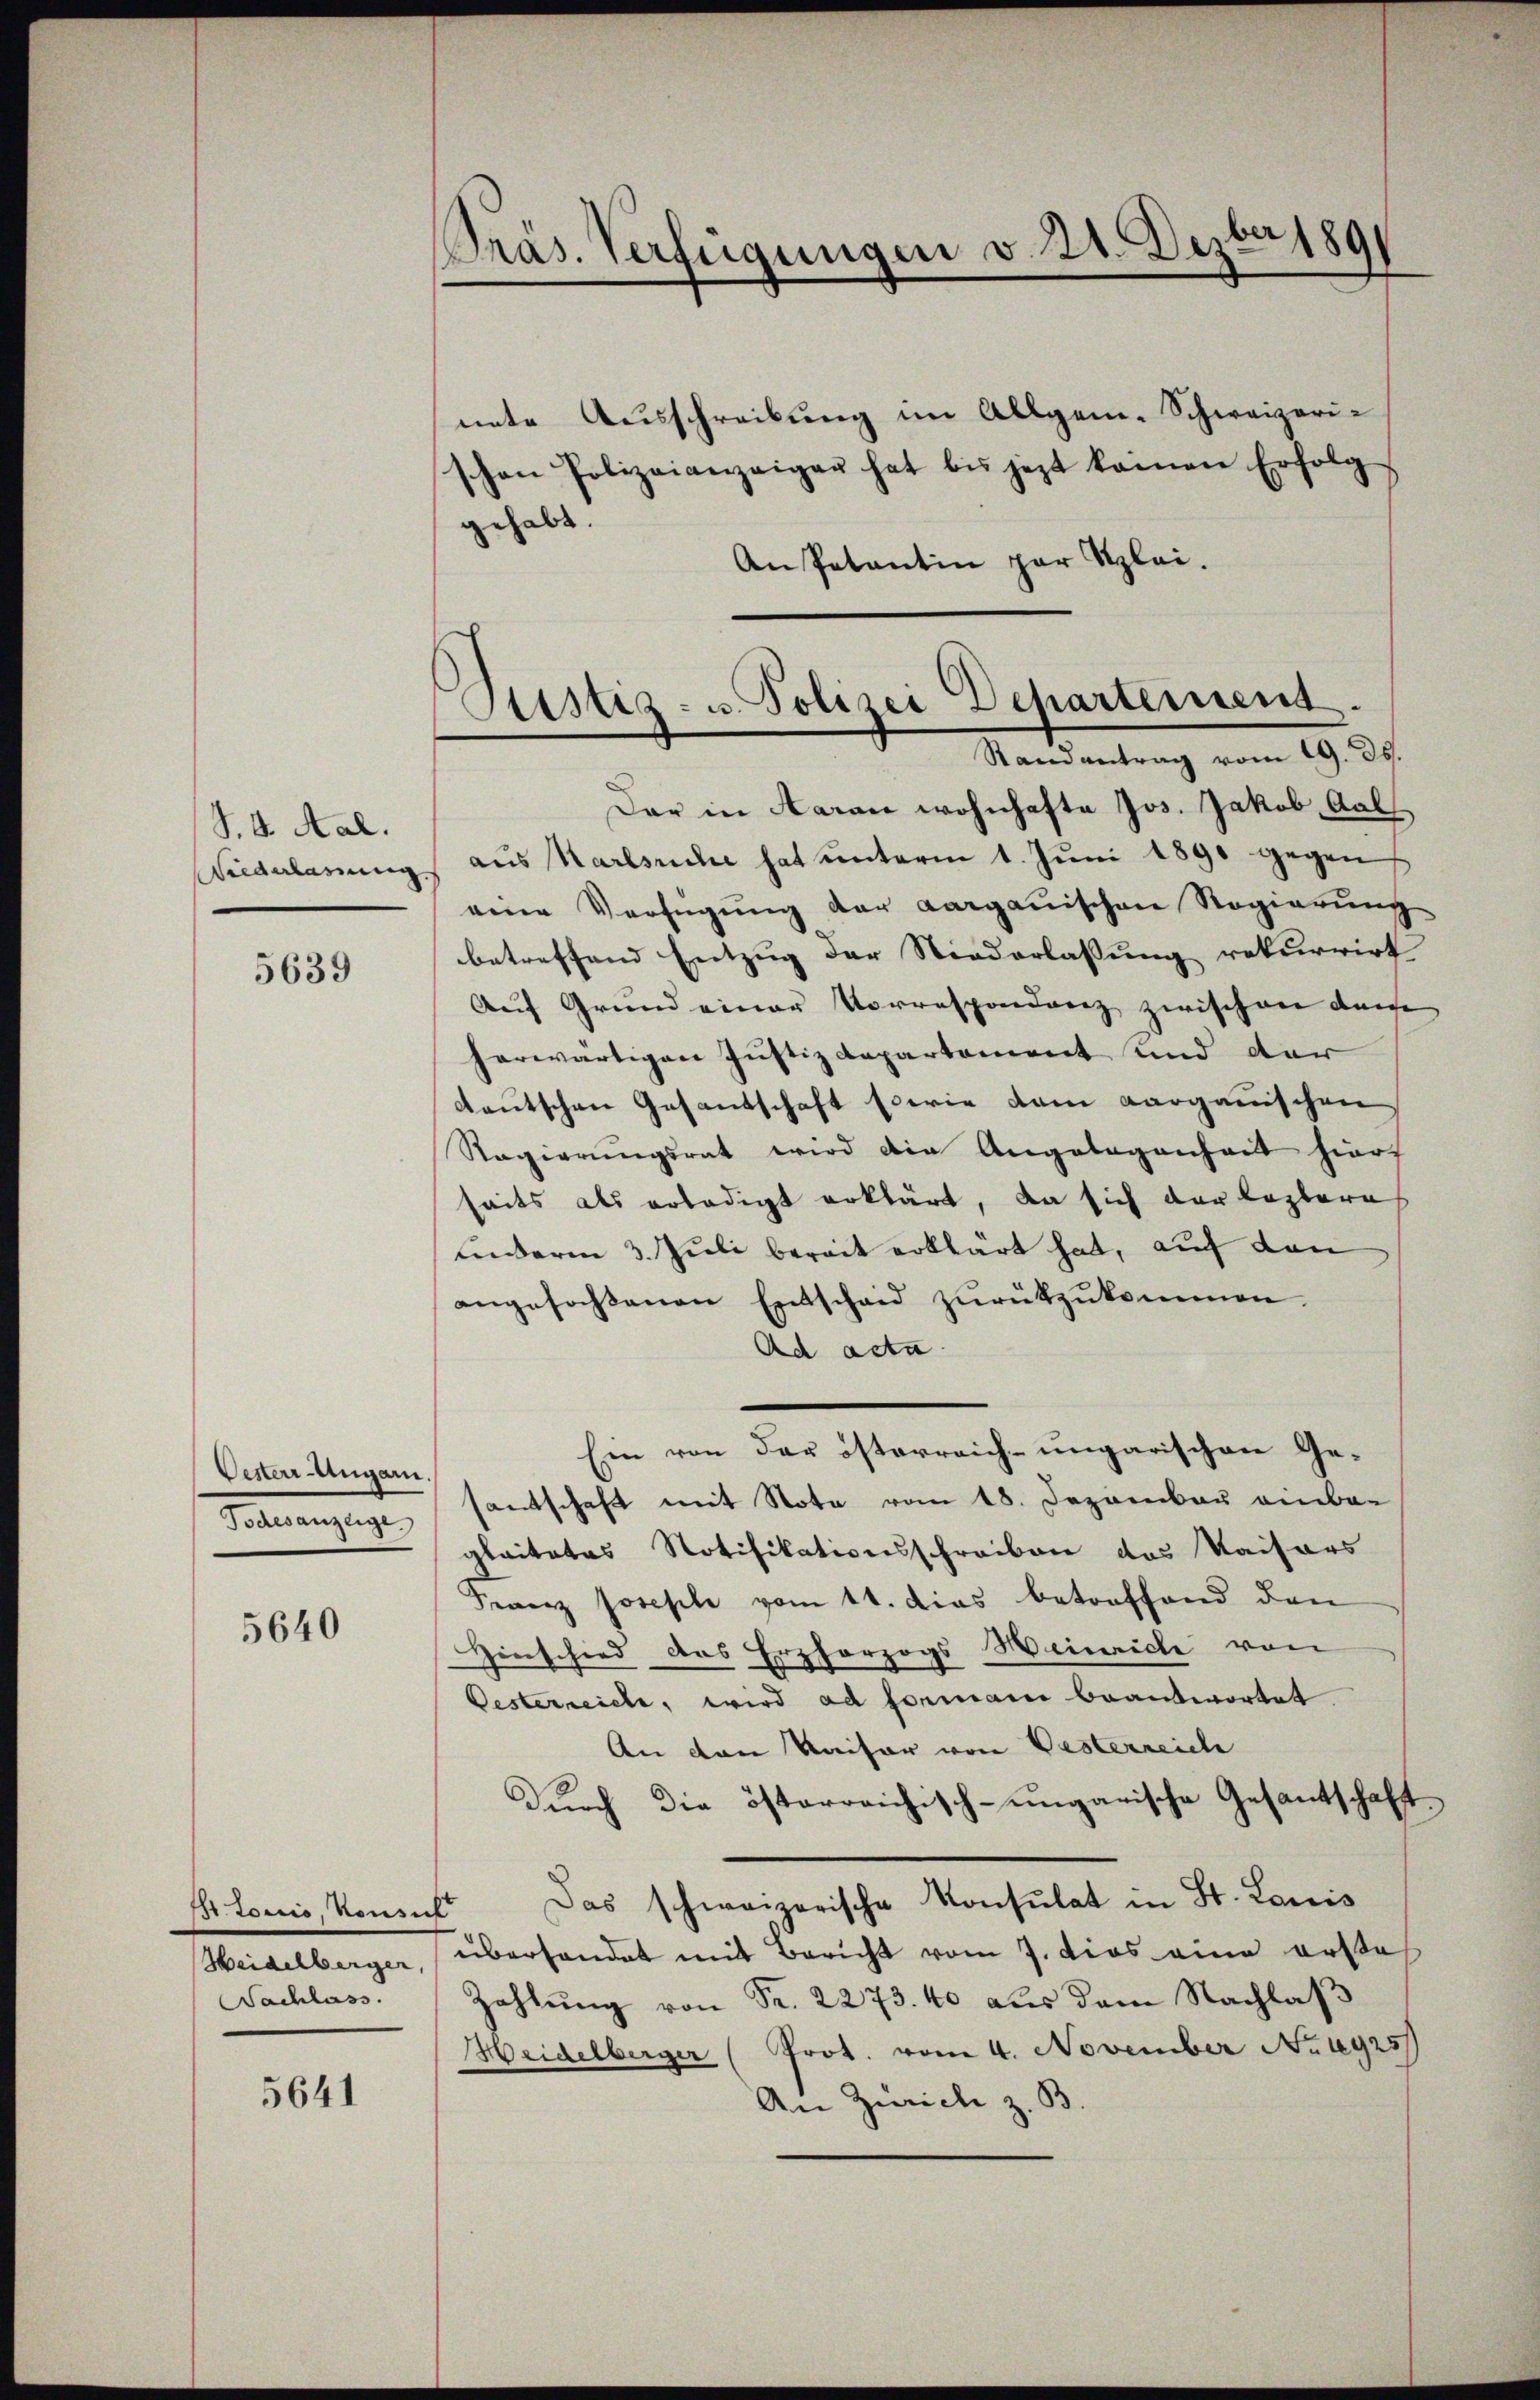
S. v. Aal.

5639

Oester-Ungar
Germangege

5640

Intonio, konnt
Sachlass

5641

nnte Ausschreibung im Allgem. Schweizerischen Polizeianzeiger hat bis jezt keinen Erfolg
gehabt.
An Petentin par Klei
Dar in daran wohnhafte Jos. Jakob Gall
Wiederbarungs aus Karlsuche hat unterm 1. Juni 1890 gegen
eine Verfügung der aargauischen Regierung
betreffend Entzug der Niederlassung rekurrirt
Auf Grund einer Vorrespondenz zwischen durche
herwärtigen Justizdepartement und der
deutschen Gesandschaft sowie dem Aarganischen
Ragierungsrat wird die Angelegenheit hiers
seits als erledigt erklärt, da sich der leztere
unterm 3. Juli bereit erklärt hat, auf den
angefaßenen Entscheid zŭrückzŭkommen.
Ad acta
Ein von der österreich-ungarischen Gesantschaft mit Note vom 18. Dezember einba-
glaitates Notifikationsschreiben des Kaisers
Franz Josephi vom 11. dies betreffend den
Hinschied das Erzherzogs Heinriche von
Oesterreiche, wird ad formani beantwortet.
An den Kaiser von Pesterreich
Dŭrch die österreichisch-ungarische Gesantschaft
Das schweizerische Konsulat in St. Louis
Heidelberger, überhandet mit Bericht vom 7. dies eine erste
Zahlung von Fr. 2273. 40 aus dem Nachlaß
Heidelberger (Prot. vom 4. November No. 1925
An Zürich z. B.

Präs. Verfügungen v. 21. Dezbr 1891

Ristiz- u. Polizei Departement.
Randantrag vom 19. ds.